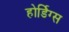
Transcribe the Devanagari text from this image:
होर्डिग्स